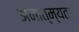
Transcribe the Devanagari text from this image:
अनात्म्यता